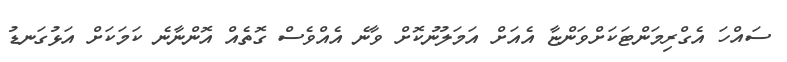
ސައްހަ އެގްރިމަންޓަކަށްވަންޏާ އެއަށް އަމަލުނުކޮށް ވާނެ އެއްވެސް ގޮތެއް އޮންނާނެ ކަމަކަށް އަޅުގަނޑު